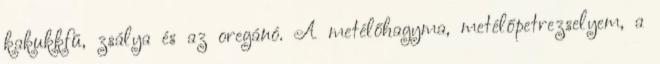
kakukkfű, zsálya és az oregánó. A metélőhagyma, metélőpetrezselyem, a